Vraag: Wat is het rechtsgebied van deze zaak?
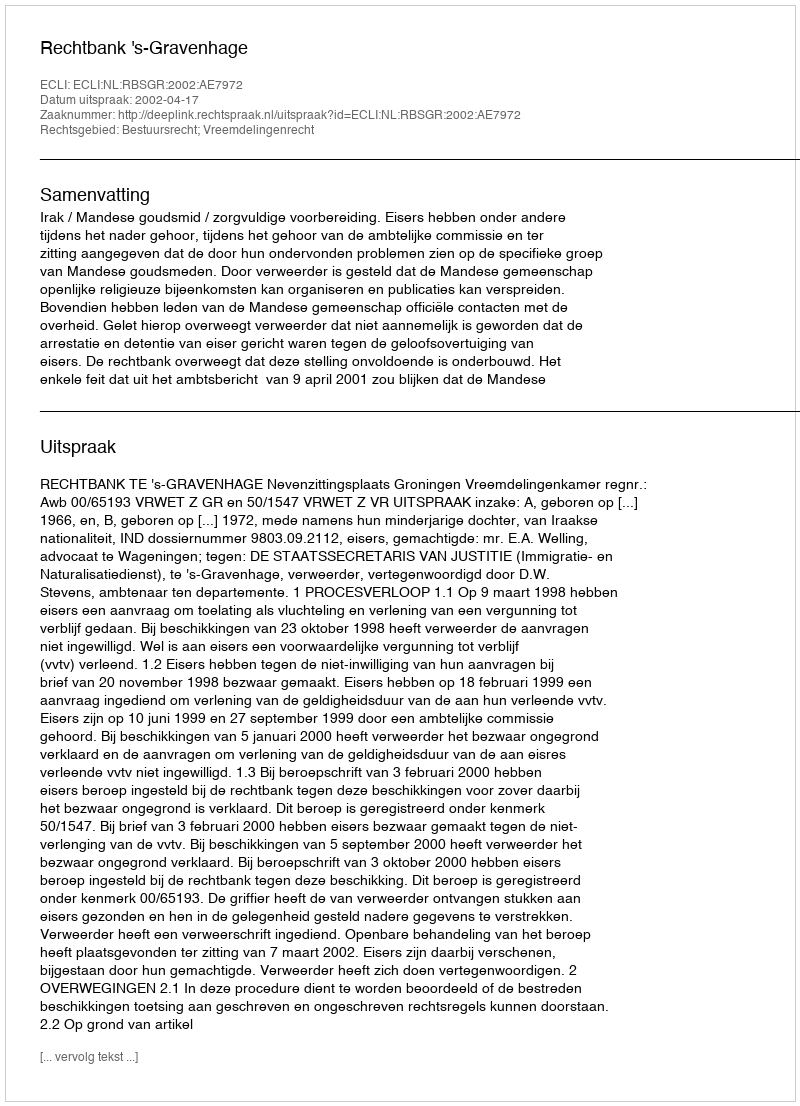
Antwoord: Bestuursrecht; Vreemdelingenrecht